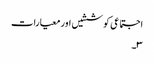
اجتماعی کوششیں اور معیارات
۳۔